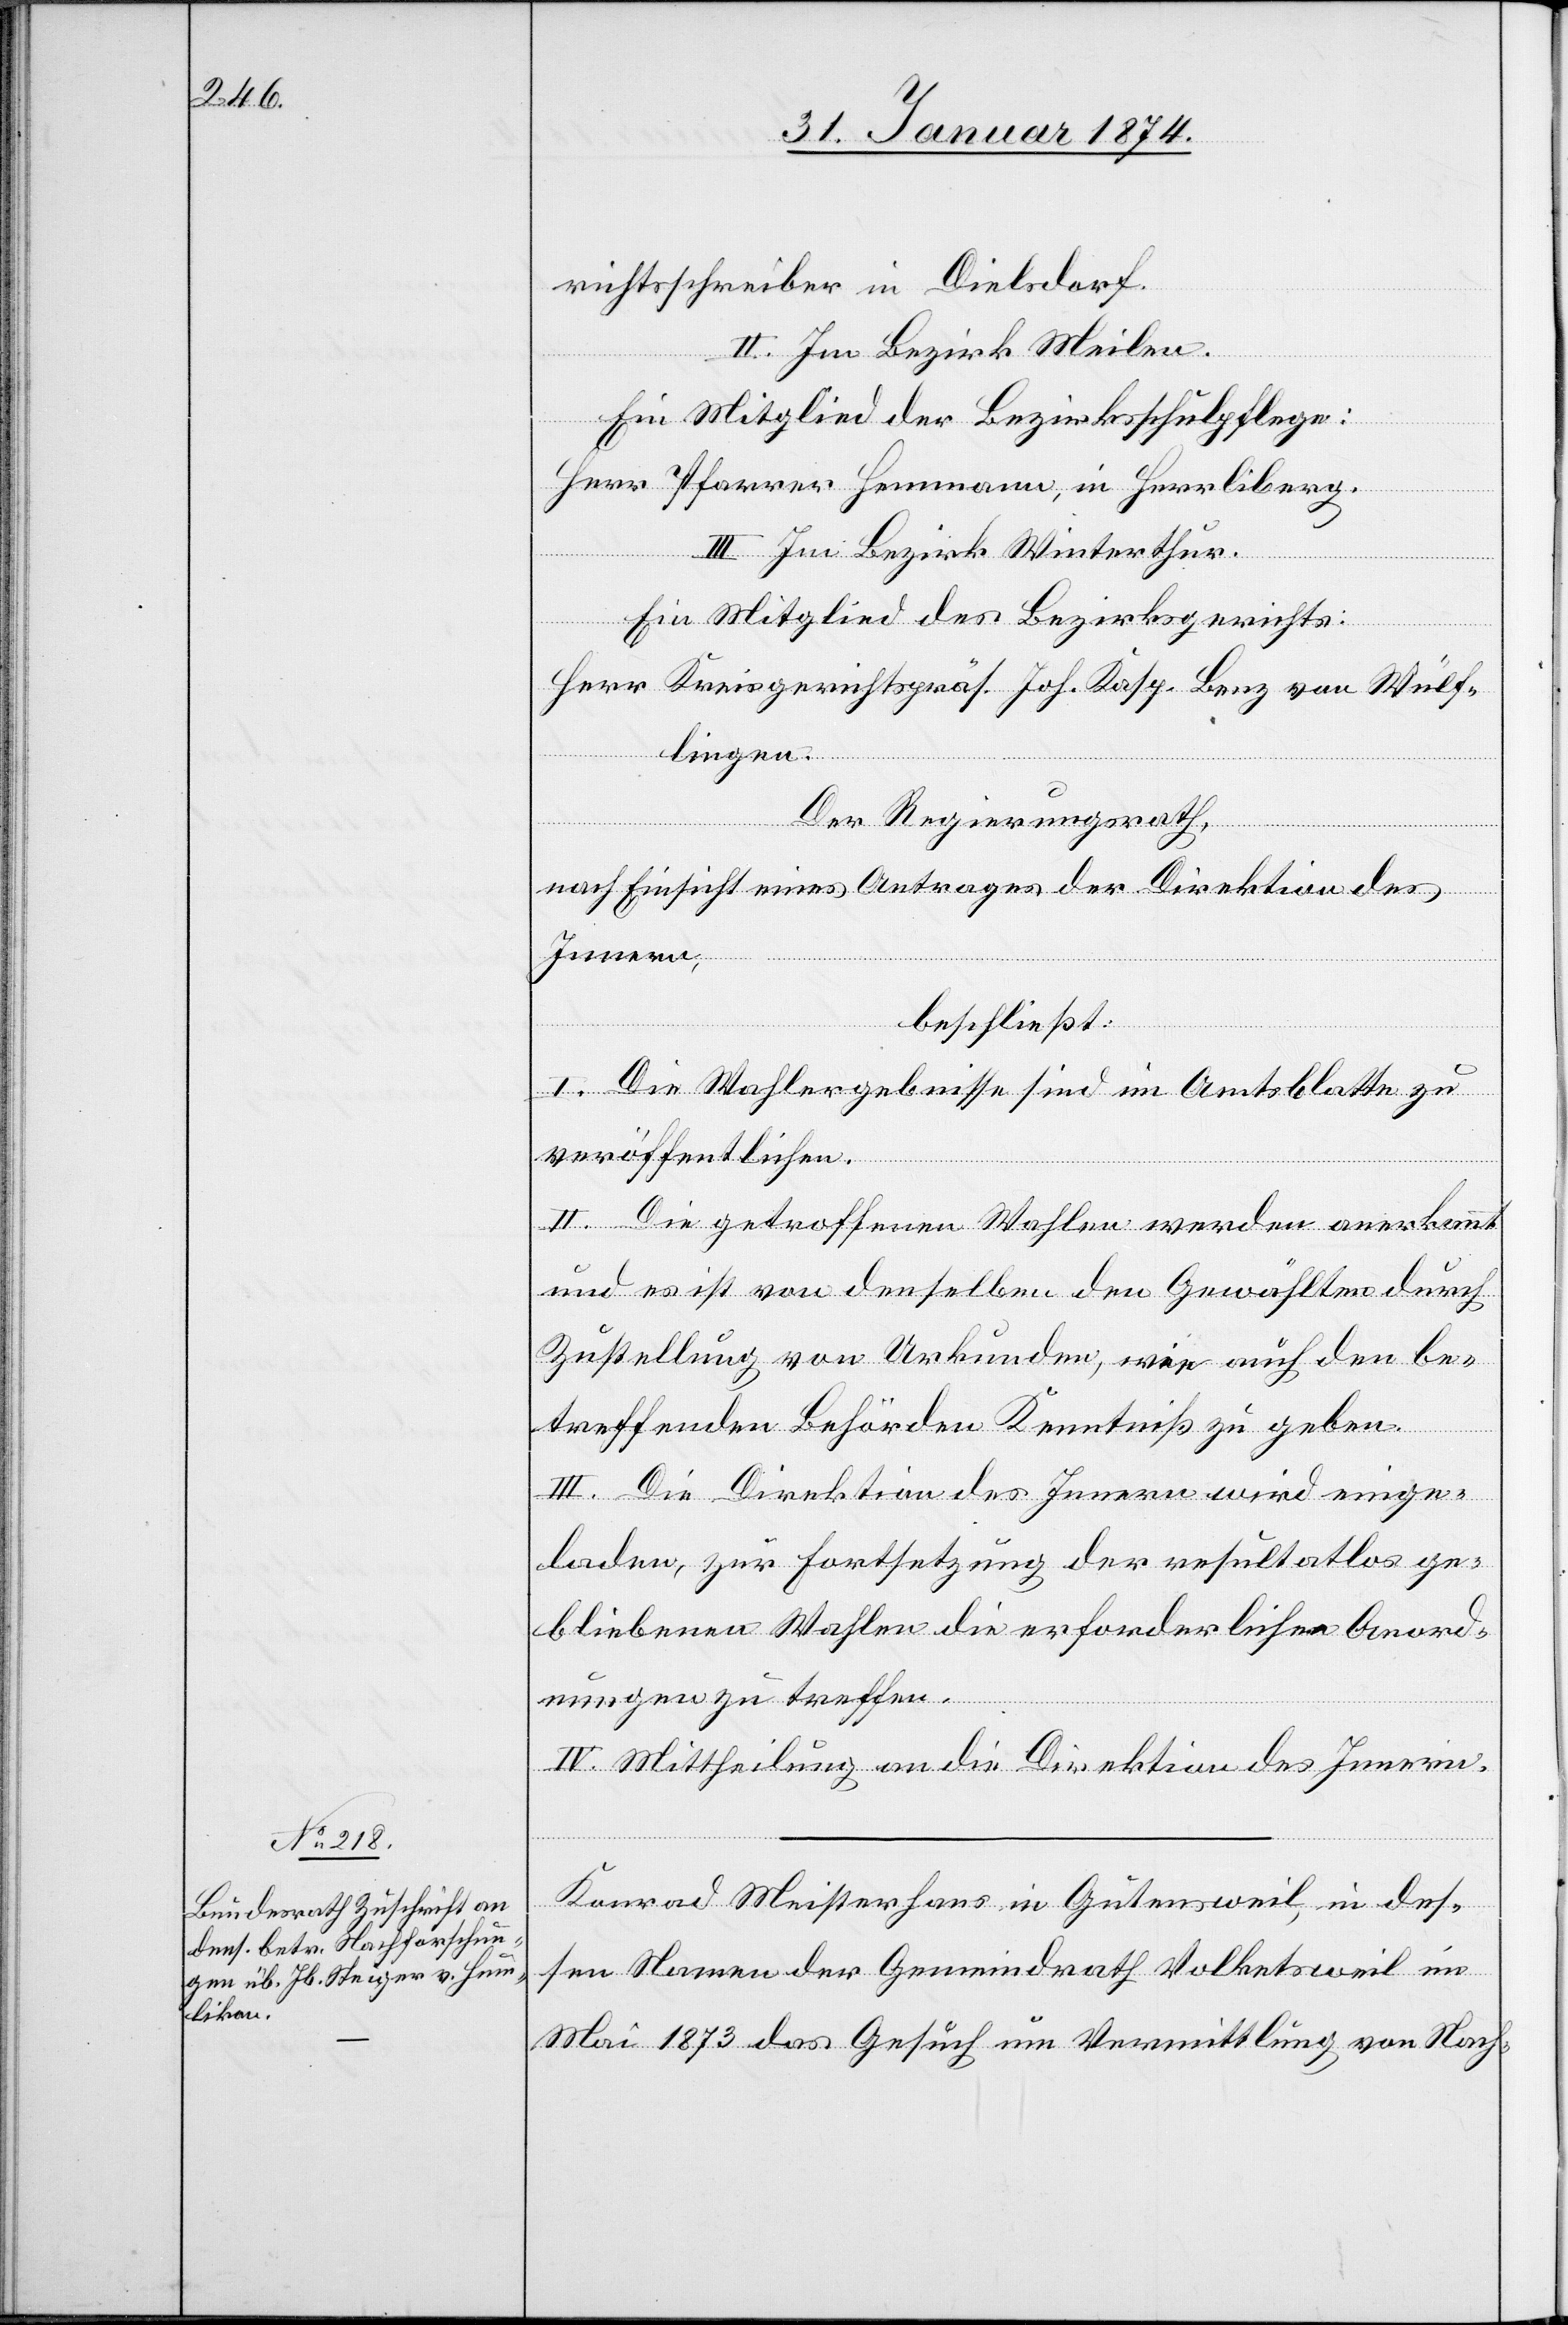
richtsschreiber in Dielsdorf.
II. Im Bezirk Meilen.
Ein Mitglied der Bezirksschulpflege:
Herr Pfarrer Hemmann, in Herrliberg.
III. Im Bezirk Winterthur.
Ein Mitglied des Bezirksgerichts:
4.
Herr Kreisgerichtspräs. Joh. Kasp. Benz von Wülf¬
lingen.
Der Regierungsrath,
nach Einsicht eines Antrages der Direktion des
Innern,
beschließt:
I. Die Wahlergebnisse sind im Amtsblatte zu
veröffentlichen.
II. Die getroffenen Wahlen werden anerkannt
und es ist von denselben den Gewählten durch
Zustellung von Urkunden, wie auch den be¬
treffenden Behörden Kenntniß zu geben.
III. Die Direktion des Innern wird einge¬
laden, zur Fortsetzung der resultatlos ge¬
bliebenen Wahlen die erforderlichen Anord¬
nungen zu treffen.
IV. Mittheilung an die Direktion des Innern.
Konrad Meisterhans in Gütensweil, in des¬
sen Namen der Gemeindrath Volketsweil im
Mai 1873 das Gesuch um Vermittlung von Nach-